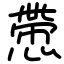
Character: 慸